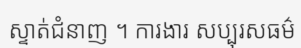
ស្ទាត់ជំនាញ ។ ការងារ សប្បុរសធម៌